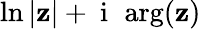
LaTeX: \ln|\mathbf{z}|+\mathrm{{~i~}}\, \arg(\mathbf{z})